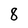
Character: 8